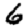
Digit: 6